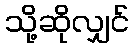
သို့ဆိုလျှင်